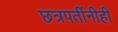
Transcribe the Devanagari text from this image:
छत्रपतींनीही